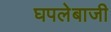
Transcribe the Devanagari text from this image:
घपलेबाजी